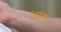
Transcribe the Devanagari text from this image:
आद्गे